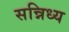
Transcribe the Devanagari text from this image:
सन्निध्य